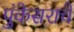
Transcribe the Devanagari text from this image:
पुंकेसराचे